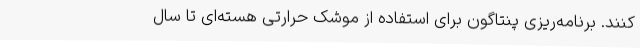
کنند. برنامه‌ریزی پنتاگون برای استفاده از موشک حرارتی هسته‌ای تا سال